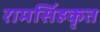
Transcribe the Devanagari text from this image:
रामसिंहकृत